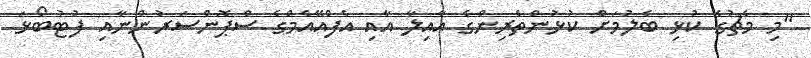
"މި މެޗުގެ ކުޅި ބެލުމަށް ކުޅުންތެރިންގެ އާއިލާ އާއި އެފްއޭއެމްގެ ސްޕޮންސަރުންނާއި ފުޓުބޯޅަ